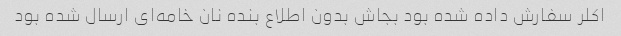
اکلر سفارش داده شده بود بجاش بدون اطلاع بنده نان خامه‌ای ارسال شده بود